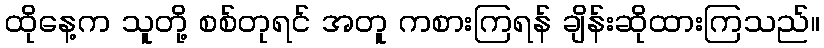
ထိုနေ့က သူတို့ စစ်တုရင် အတူ ကစားကြရန် ချိန်းဆိုထားကြသည်။